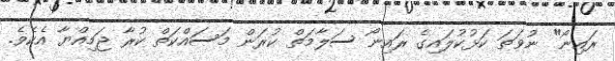
ރައިނޯ" ނުވަތަ ކަޅުކުލައިގެ ރައިނޯ ސަލާމަތް ކުރަން މަސައްކަތް ކުރާ ޖަމިއްޔާ އެކެވެ.